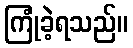
ကြုံခဲ့ရသည်။